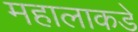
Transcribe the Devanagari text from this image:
महालाकडे